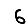
Digit: 6